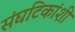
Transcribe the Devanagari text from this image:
संघटिकांशी